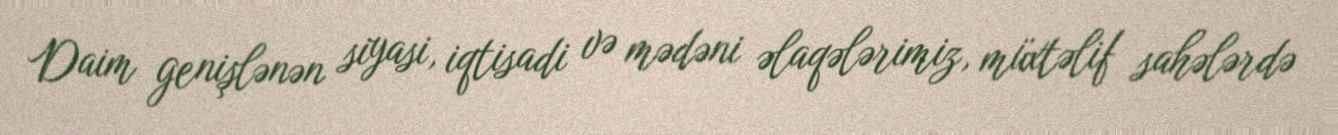
Daim genişlənən siyasi, iqtisadi və mədəni əlaqələrimiz, müxtəlif sahələrdə